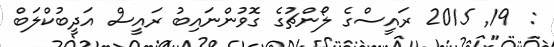
:  19